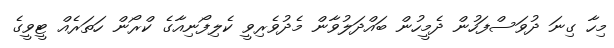
މިހާ ގިނަ ދުވަސްފަހުން ދެމީހުން ބައްދަލުވާން މެދުވެރިވީ ކެލިފޯނިއާގެ ކްރޯން ހަތަރެއް ޓީވީގެ